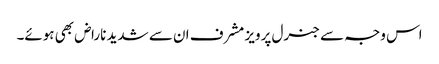
اس وجہ سے جنرل پرویز مشرف ان سے شدید ناراض بھی ہوئے۔